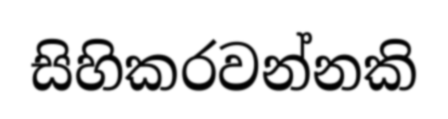
සිහිකරවන්නකි